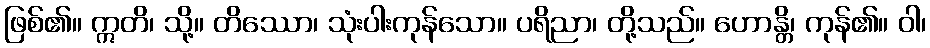
ဖြစ်၏။ ဣတိ၊ သို့။ တိဿော၊ သုံးပါးကုန်သော။ ပရိညာ၊ တို့သည်။ ဟောန္တိ၊ ကုန်၏။ ဝါ၊